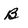
Character: B